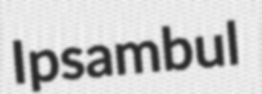
Ipsambul